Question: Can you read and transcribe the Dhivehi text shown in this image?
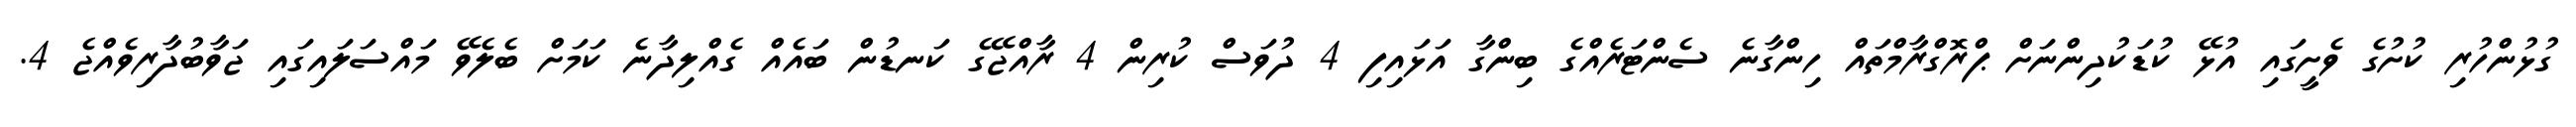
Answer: ގުޅުންހުރި ކުށުގެ ވެށީގައި އުޅޭ ކުޑަކުދިންނަށް ޕްރޮގްރާމްތައް ހިންގާނެ ސެންޓަރެއްގެ ބިންގާ އަޅައިފި 4 ދުވަސް ކުރިން 4 ރާއްޖޭގެ ކަނޑުން ބައެއް ގެއްލިދާނެ ކަމަށް ބެލެވޭ މައްސަލައިގައި ޖަވާބުދާރިވެއްޖެ 4.